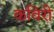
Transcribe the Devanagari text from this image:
कविरी